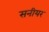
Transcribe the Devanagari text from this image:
सनीयर